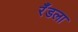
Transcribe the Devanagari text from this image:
रँडला